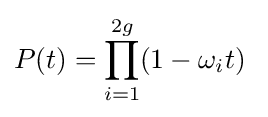
P(t)=\prod _{i=1}^{2g}(1-\omega _{i}t)\